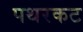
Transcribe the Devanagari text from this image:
पथरकट